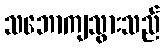
သဘောကျသွားသည်